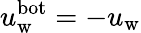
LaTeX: u_{\mathrm{w}}^{\mathrm{bot}}=-u_{\mathrm{w}}